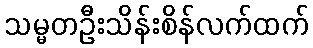
သမ္မတဦးသိန်းစိန်လက်ထက်